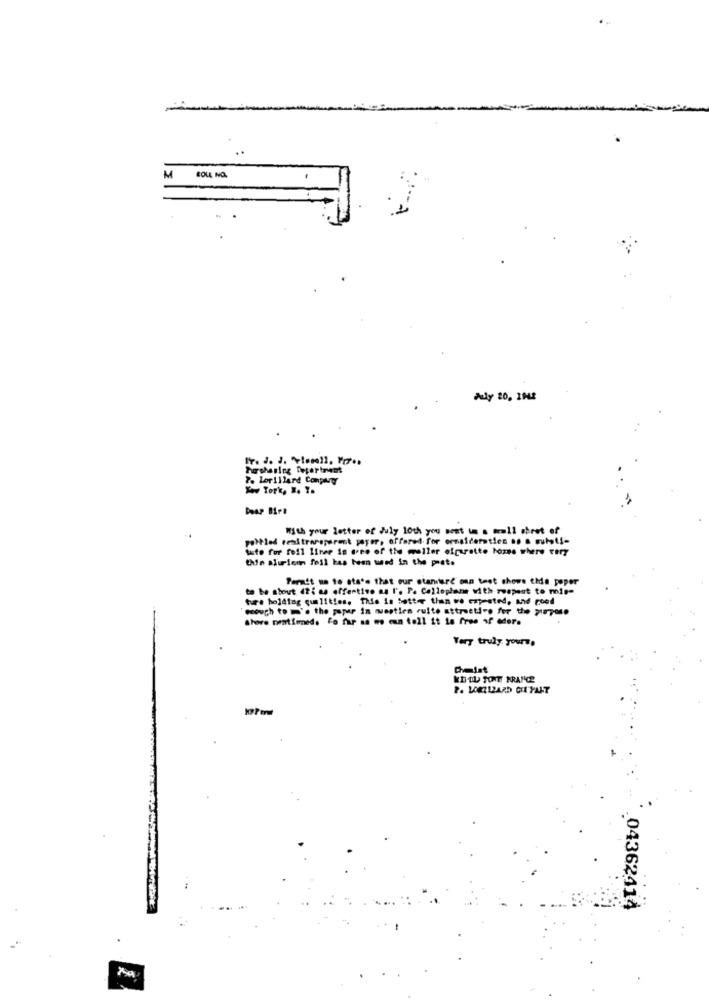
M
BOLL NO.
Purchasing Department
7. Lorillard Conpary
With your letter of July 10th you sent in a mall sheet of
poitled eenitransparent payer, offered.for ormaidertien as a multi-
Suite for foll liner in creo of the muller ofpuratte loze where tery
the aluminum foil has been und in the pet.
Perait ua to state that our standard onn test shows tida peper
to be stout (ti as offestivo as I'. P. Cellophane with respect to noise
ture holding qualities, This is better then we expreted, and good
enough to m'. the paper in questien suite attractive for the purpose
Store pentimed. la far as mo cun toll it is free of eder.
Very truly yours.
Cheist
KI-OL TONE FRANCE
P. LORILLARD CUIHALT
.. . 04362414